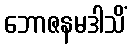
ဘောဇနမဒါသိံ